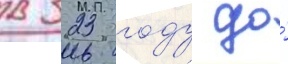
в 323 году до́